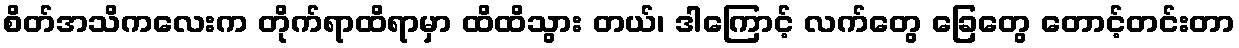
စိတ်အသိကလေးက တိုက်ရာထိရာမှာ ထိထိသွား တယ်၊ ဒါကြောင့် လက်တွေ ခြေတွေ တောင့်တင်းတာ